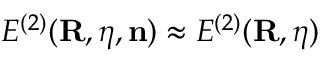
{ \cal E } ^ { ( 2 ) } ( { \bf R } , { \boldsymbol \eta } , { \bf n } ) \approx E ^ { ( 2 ) } ( { \bf R } , { \boldsymbol \eta } )